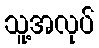
သူ့အလုပ်